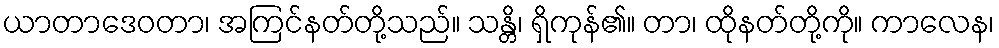
ယာတာဒေဝတာ၊ အကြင်နတ်တို့သည်။ သန္တိ၊ ရှိကုန်၏။ တာ၊ ထိုနတ်တို့ကို။ ကာလေန၊